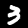
Label: 3